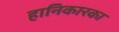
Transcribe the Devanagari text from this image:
हानिकारका